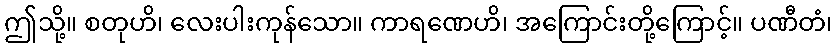
ဤသို့။ စတုဟိ၊ လေးပါးကုန်သော။ ကာရဏေဟိ၊ အကြောင်းတို့ကြောင့်။ ပဏီတံ၊